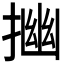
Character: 𢰠